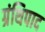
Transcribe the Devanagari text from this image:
ग्रंथिपाद